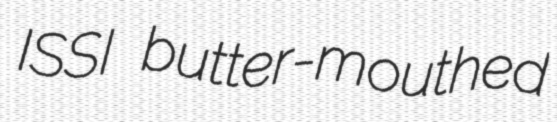
ISSI butter-mouthed